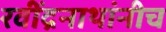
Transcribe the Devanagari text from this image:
रवींद्रनाथांनीच